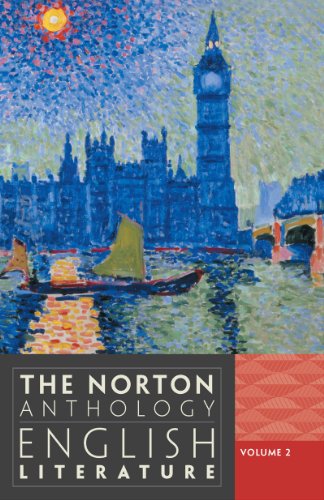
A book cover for The Norton Anthology of English Literature (Ninth Edition)  (Vol. 2); M. H. Abrams; Literature & Fiction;